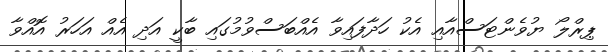
ޕިރްލޯ ޔުވެންޓަަސްއާއި އެކު ހަދާފައިވާ އެއްބަސްވުމުގައި ބާކީ އަދި އެއް އަހަރު އޮއްވާ